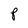
Character: P